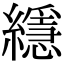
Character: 䌥